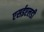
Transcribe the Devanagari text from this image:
एसईएलडी